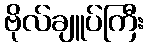
ဗိုလ်ချူပ်ကြီး